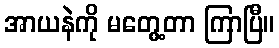
အာယနဲကို မတွေ့တာ ကြာပြီ။